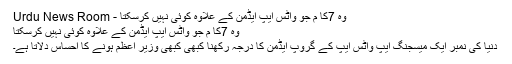
وہ 7کا م جو واٹس ایپ ایڈمن کے علاوہ کوئی نہیں کرسکتا - Urdu News Room
وہ 7کا م جو واٹس ایپ ایڈمن کے علاوہ کوئی نہیں کرسکتا
دنیا کی نمبر ایک میسجنگ ایپ واٹس ایپ کے گروپ ایڈمن کا درجہ رکھنا کبھی کبھی وزیر اعظم ہونے کا احساس دِلاتا ہے۔